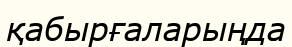
қабырғаларыңда